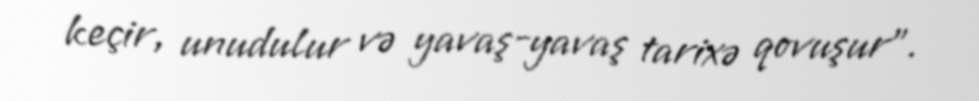
keçir, unudulur və yavaş-yavaş tarixə qovuşur".